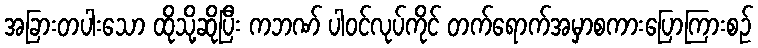
အခြားတပါးသော ထိုသို့ဆိုပြီး ကဘဏ် ပါဝင်လုပ်ကိုင် တက်ရောက်အမှာစကားပြောကြားစဉ်